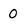
Character: 0